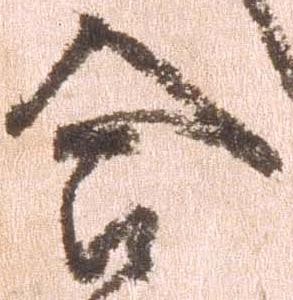
合